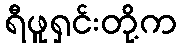
ရီဖူရှင်းတို့က